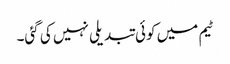
ٹیم میں کوئی تبدیلی نہیں کی گئی۔